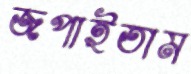
জপাইতাম